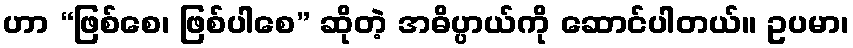
ဟာ “ဖြစ်စေ၊ ဖြစ်ပါစေ” ဆိုတဲ့ အဓိပ္ပာယ်ကို ဆောင်ပါတယ်။ ဥပမာ၊